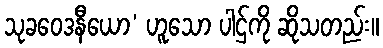
သုခဝေဒနီယော’ ဟူသော ပါဌ်ကို ဆိုသတည်း။